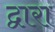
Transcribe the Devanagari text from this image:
द्वारा